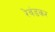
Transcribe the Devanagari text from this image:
रेवंडकर